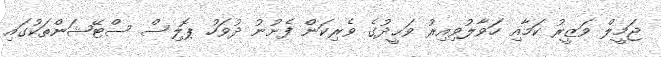
ޖަމީލް ވަޒީރު ކަމާއި ހަވާލުވިއިރު ވަޙީދުގެ ވެރިކަން ފެށުނު ދުވަހު ޕޮލިސް ސްޓޭޝަންތަކުގައި